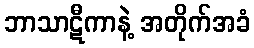
ဘာသာဋီကာနဲ့ အတိုက်အခံ